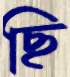
ছি